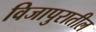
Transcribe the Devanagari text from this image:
विजापुरातील